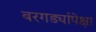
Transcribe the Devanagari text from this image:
बरगड्यांपेक्षा